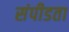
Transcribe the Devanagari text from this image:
संपीडता